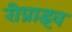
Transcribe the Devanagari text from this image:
रीप्राइव